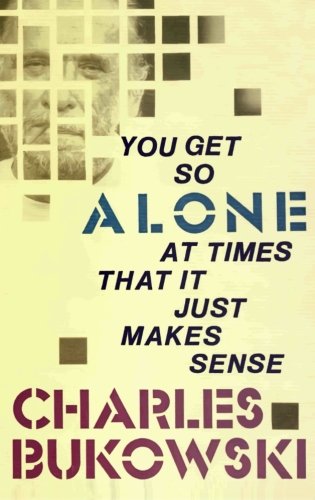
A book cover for You Get So Alone at Times That It Just Makes Sense; Charles Bukowski; Literature & Fiction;